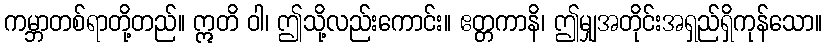
ကမ္ဘာတစ်ရာတို့တည်။ ဣတိ ဝါ၊ ဤသို့လည်းကောင်း။ ဧတ္တကာနိ၊ ဤမျှအတိုင်းအရှည်ရှိကုန်သော။